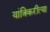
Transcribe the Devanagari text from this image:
यांत्रिकरीत्या